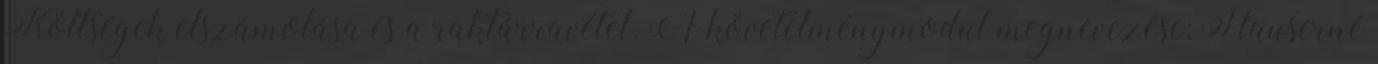
Költségek elszámolása és a raktárravétel. A követelménymodul megnevezése: Hauserné